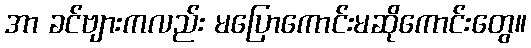
အာ ခင်ဗျားကလည်း မပြောကောင်းမဆိုကောင်းတွေ။